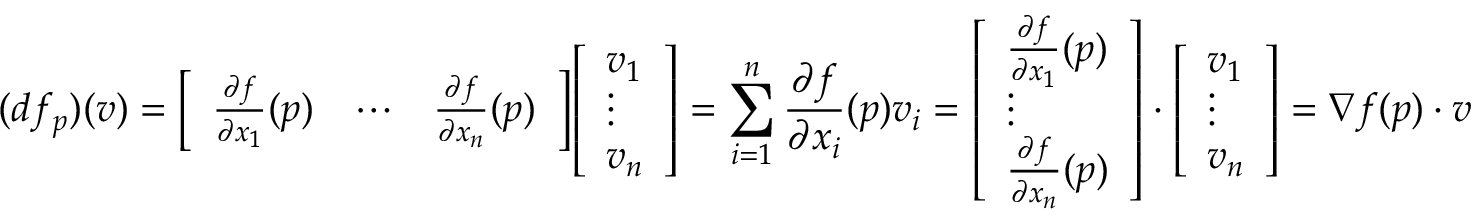
( d f _ { p } ) ( v ) = { \left[ \begin{array} { l l l } { { \frac { \partial f } { \partial x _ { 1 } } } ( p ) } & { \cdots } & { { \frac { \partial f } { \partial x _ { n } } } ( p ) } \end{array} \right] } { \left[ \begin{array} { l } { v _ { 1 } } \\ { \vdots } \\ { v _ { n } } \end{array} \right] } = \sum _ { i = 1 } ^ { n } { \frac { \partial f } { \partial x _ { i } } } ( p ) v _ { i } = { \left[ \begin{array} { l } { { \frac { \partial f } { \partial x _ { 1 } } } ( p ) } \\ { \vdots } \\ { { \frac { \partial f } { \partial x _ { n } } } ( p ) } \end{array} \right] } \cdot { \left[ \begin{array} { l } { v _ { 1 } } \\ { \vdots } \\ { v _ { n } } \end{array} \right] } = \nabla f ( p ) \cdot v